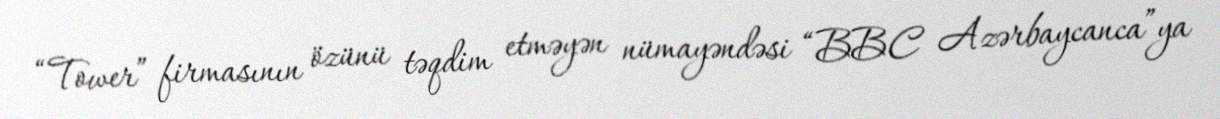
“Tower” firmasının özünü təqdim etməyən nümayəndəsi “BBC Azərbaycanca”ya